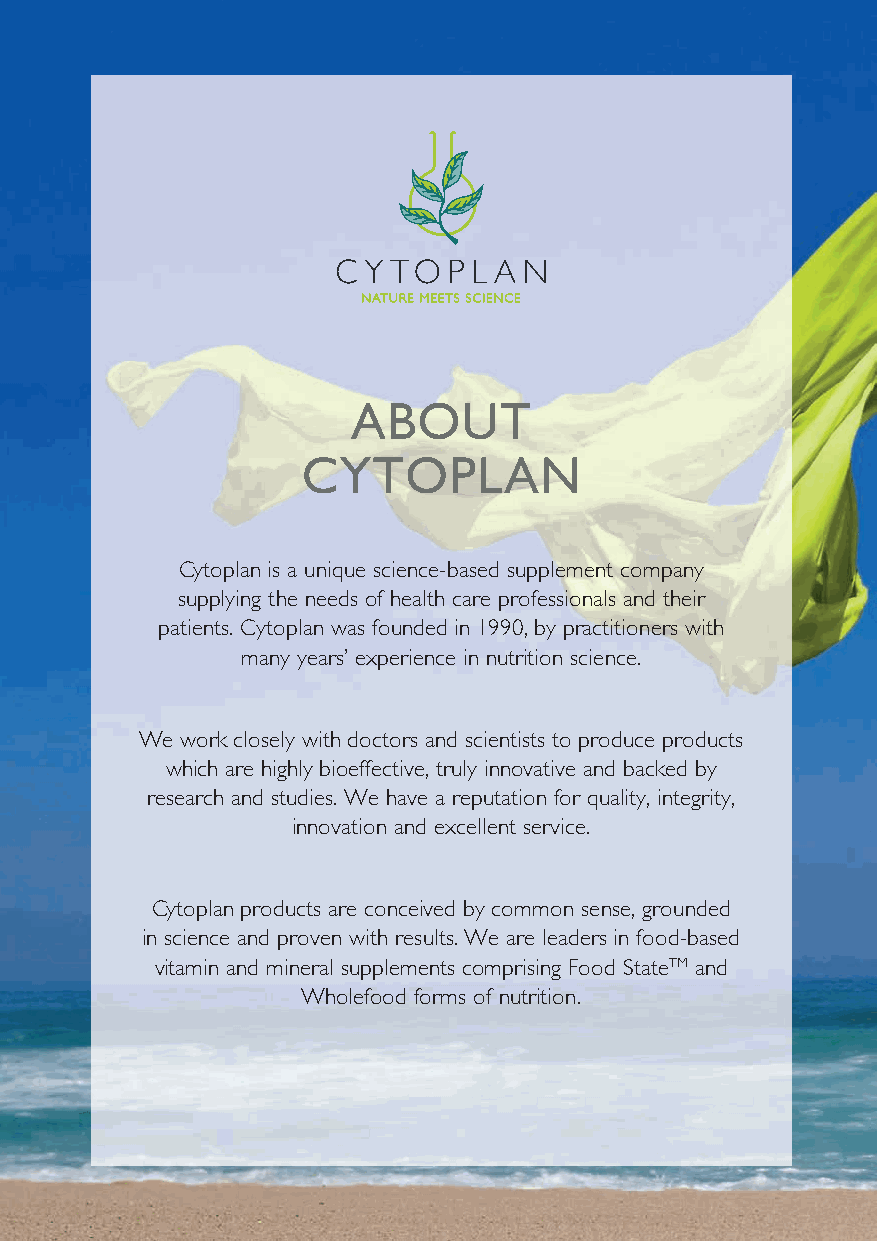
ABOUT
 CYTOPLAN
 Cytoplan is a unique science-based supplement company
 supplying the needs of health care professionals and their
 patients. Cytoplan was founded in 1990, by practitioners with
 many years’ experience in nutrition science.
 We work closely with doctors and scientists to produce products
 which are highly bioeffective, truly innovative and backed by
 research and studies. We have a reputation for quality, integrity,
 innovation and excellent service.
 Cytoplan products are conceived by common sense, grounded
 in science and proven with results. We are leaders in food-based
 vitamin and mineral supplements comprising Food StateTM and
 Wholefood forms of nutrition.